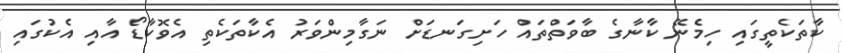
ކާތަކެތީގައި ހިމެނޭ ކާނާގެ ބާވަތްތައް ހަށިގަނޑަށް ނަގާމިންވަރު އެކާތަކެތި އެވޮކާޑޯ އާއި އެކުގައި